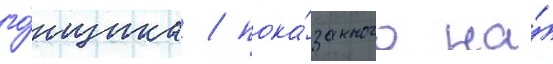
го́нщика / пока́занного на́